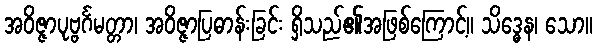
အဝိဇ္ဇာပုဗ္ဗင်္ဂမတ္တာ၊ အဝိဇ္ဇာပြဓာန်းခြင်း ရှိသည်၏အဖြစ်ကြောင့်။ သိဒ္ဓေန၊ သော။